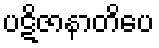
ပဋိဇာနာတိပေ